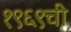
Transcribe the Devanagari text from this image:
१९६९ची